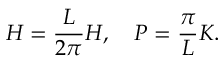
H = \frac { L } { 2 \pi } { \cal H } , \quad P = \frac { \pi } { L } { \cal K } .